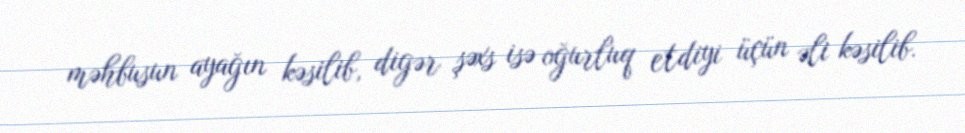
məhbusun ayağın kəsilib, digər şəxs isə oğurluq etdiyi üçün əli kəsilib.